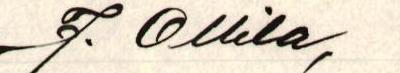
J. Ollila